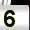
Digit: 5